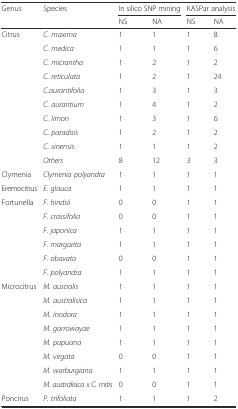
<table><thead><tr><td rowspan="2"><b>Genus</b></td><td rowspan="2"><b>Species</b></td><td colspan="2"><b>In silico SNP mining</b></td><td colspan="2"><b>KASPar analysis</b></td></tr><tr><td><b>NS</b></td><td><b>NA</b></td><td><b>NS</b></td><td><b>NA</b></td></tr></thead><tbody><tr><td>Citrus</td><td><i>C. maxima</i></td><td>1</td><td>1</td><td>1</td><td>8</td></tr><tr><td></td><td><i>C. medica</i></td><td>1</td><td>1</td><td>1</td><td>6</td></tr><tr><td></td><td><i>C. micrantha</i></td><td>1</td><td>2</td><td>1</td><td>2</td></tr><tr><td></td><td><i>C. reticulata</i></td><td>1</td><td>2</td><td>1</td><td>24</td></tr><tr><td></td><td><i>C.aurantifolia</i></td><td>1</td><td>3</td><td>1</td><td>3</td></tr><tr><td></td><td><i>C. aurantium</i></td><td>1</td><td>4</td><td>1</td><td>2</td></tr><tr><td></td><td><i>C. limon</i></td><td>1</td><td>3</td><td>1</td><td>6</td></tr><tr><td></td><td><i>C. paradisis</i></td><td>1</td><td>2</td><td>1</td><td>2</td></tr><tr><td></td><td><i>C. sinensis</i></td><td>1</td><td>1</td><td>1</td><td>2</td></tr><tr><td></td><td><i>Others</i></td><td>8</td><td>12</td><td>3</td><td>3</td></tr><tr><td>Clymenia</td><td><i>Clymenia polyandra</i></td><td>1</td><td>1</td><td>1</td><td>1</td></tr><tr><td>Eremocitrus</td><td><i>E. glauca</i></td><td>1</td><td>1</td><td>1</td><td>1</td></tr><tr><td>Fortunella</td><td><i>F. hindsii</i></td><td>0</td><td>0</td><td>1</td><td>1</td></tr><tr><td></td><td><i>F. crassifolia</i></td><td>0</td><td>0</td><td>1</td><td>1</td></tr><tr><td></td><td><i>F. japonica</i></td><td>1</td><td>1</td><td>1</td><td>1</td></tr><tr><td></td><td><i>F. margarita</i></td><td>1</td><td>1</td><td>1</td><td>1</td></tr><tr><td></td><td><i>F. obavata</i></td><td>0</td><td>0</td><td>1</td><td>1</td></tr><tr><td></td><td><i>F. polyandra</i></td><td>1</td><td>1</td><td>1</td><td>1</td></tr><tr><td>Microcitrus</td><td><i>M. australis</i></td><td>1</td><td>1</td><td>1</td><td>1</td></tr><tr><td></td><td><i>M. australisica</i></td><td>1</td><td>1</td><td>1</td><td>1</td></tr><tr><td></td><td><i>M. inodora</i></td><td>1</td><td>1</td><td>1</td><td>1</td></tr><tr><td></td><td><i>M. garrowayae</i></td><td>1</td><td>1</td><td>1</td><td>1</td></tr><tr><td></td><td><i>M. papuana</i></td><td>1</td><td>1</td><td>1</td><td>1</td></tr><tr><td></td><td><i>M. virgata</i></td><td>0</td><td>0</td><td>1</td><td>1</td></tr><tr><td></td><td><i>M. warburgiana</i></td><td>1</td><td>1</td><td>1</td><td>1</td></tr><tr><td></td><td><i>M. australisica x C. mitis</i></td><td>0</td><td>0</td><td>1</td><td>1</td></tr><tr><td>Poncirus</td><td><i>P. trifoliata</i></td><td>1</td><td>1</td><td>1</td><td>2</td></tr></tbody></table>